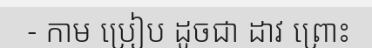
- កាម ប្រៀប ដូចជា ដាវ ព្រោះ